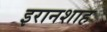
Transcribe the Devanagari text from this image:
इरानशाह